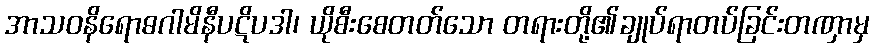
အာသဝနိရောဓဂါမိနီပဋိပဒါ၊ ယိုစီးစေတတ်သော တရားတို့၏ချုပ်ရာတပ်ခြင်းတဏှာမှ